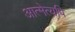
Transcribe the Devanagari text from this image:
आत्मेत्यपि